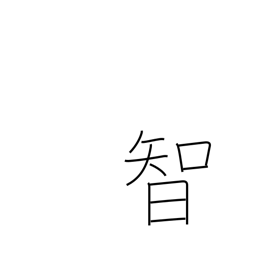
Meaning: intellect